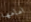
امامها